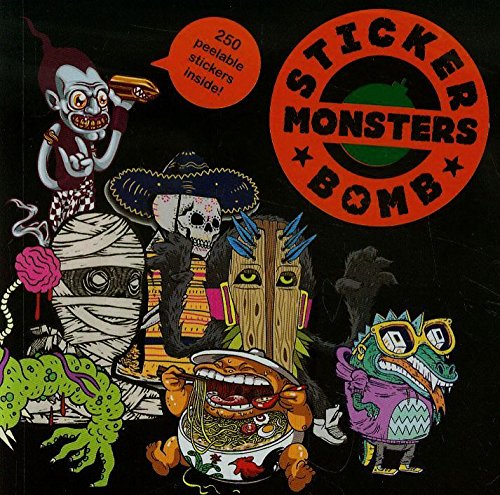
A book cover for Stickerbomb Monsters; Arts & Photography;